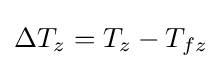
\Delta T_{z}=T_{z}-T_{fz}